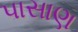
પાસાણ